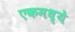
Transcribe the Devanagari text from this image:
एकमध्ये